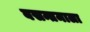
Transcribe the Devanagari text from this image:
बसन्तमाला